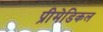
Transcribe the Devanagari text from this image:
प्रीमेडिकल